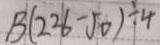
B ( 2 2 6 - 5 0 ) \div 4